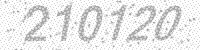
Solution: 210120